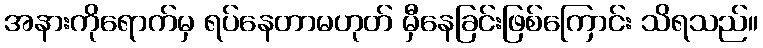
အနားကိုရောက်မှ ရပ်နေတာမဟုတ် မှီနေခြင်းဖြစ်ကြောင်း သိရသည်။